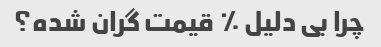
چرا بی دلیل ٪ قیمت گران شده؟